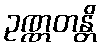
ဥဏ္ဏတန္တိ